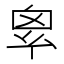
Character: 𢇆